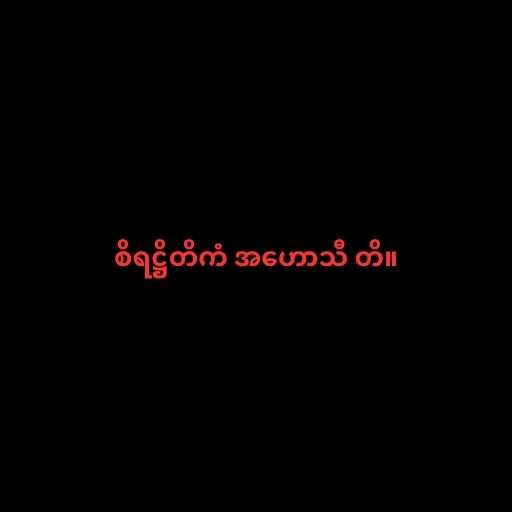
စိရဋ္ဌိတိကံ အဟောသီ တိ။